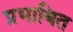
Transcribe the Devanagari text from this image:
प्रभाबित